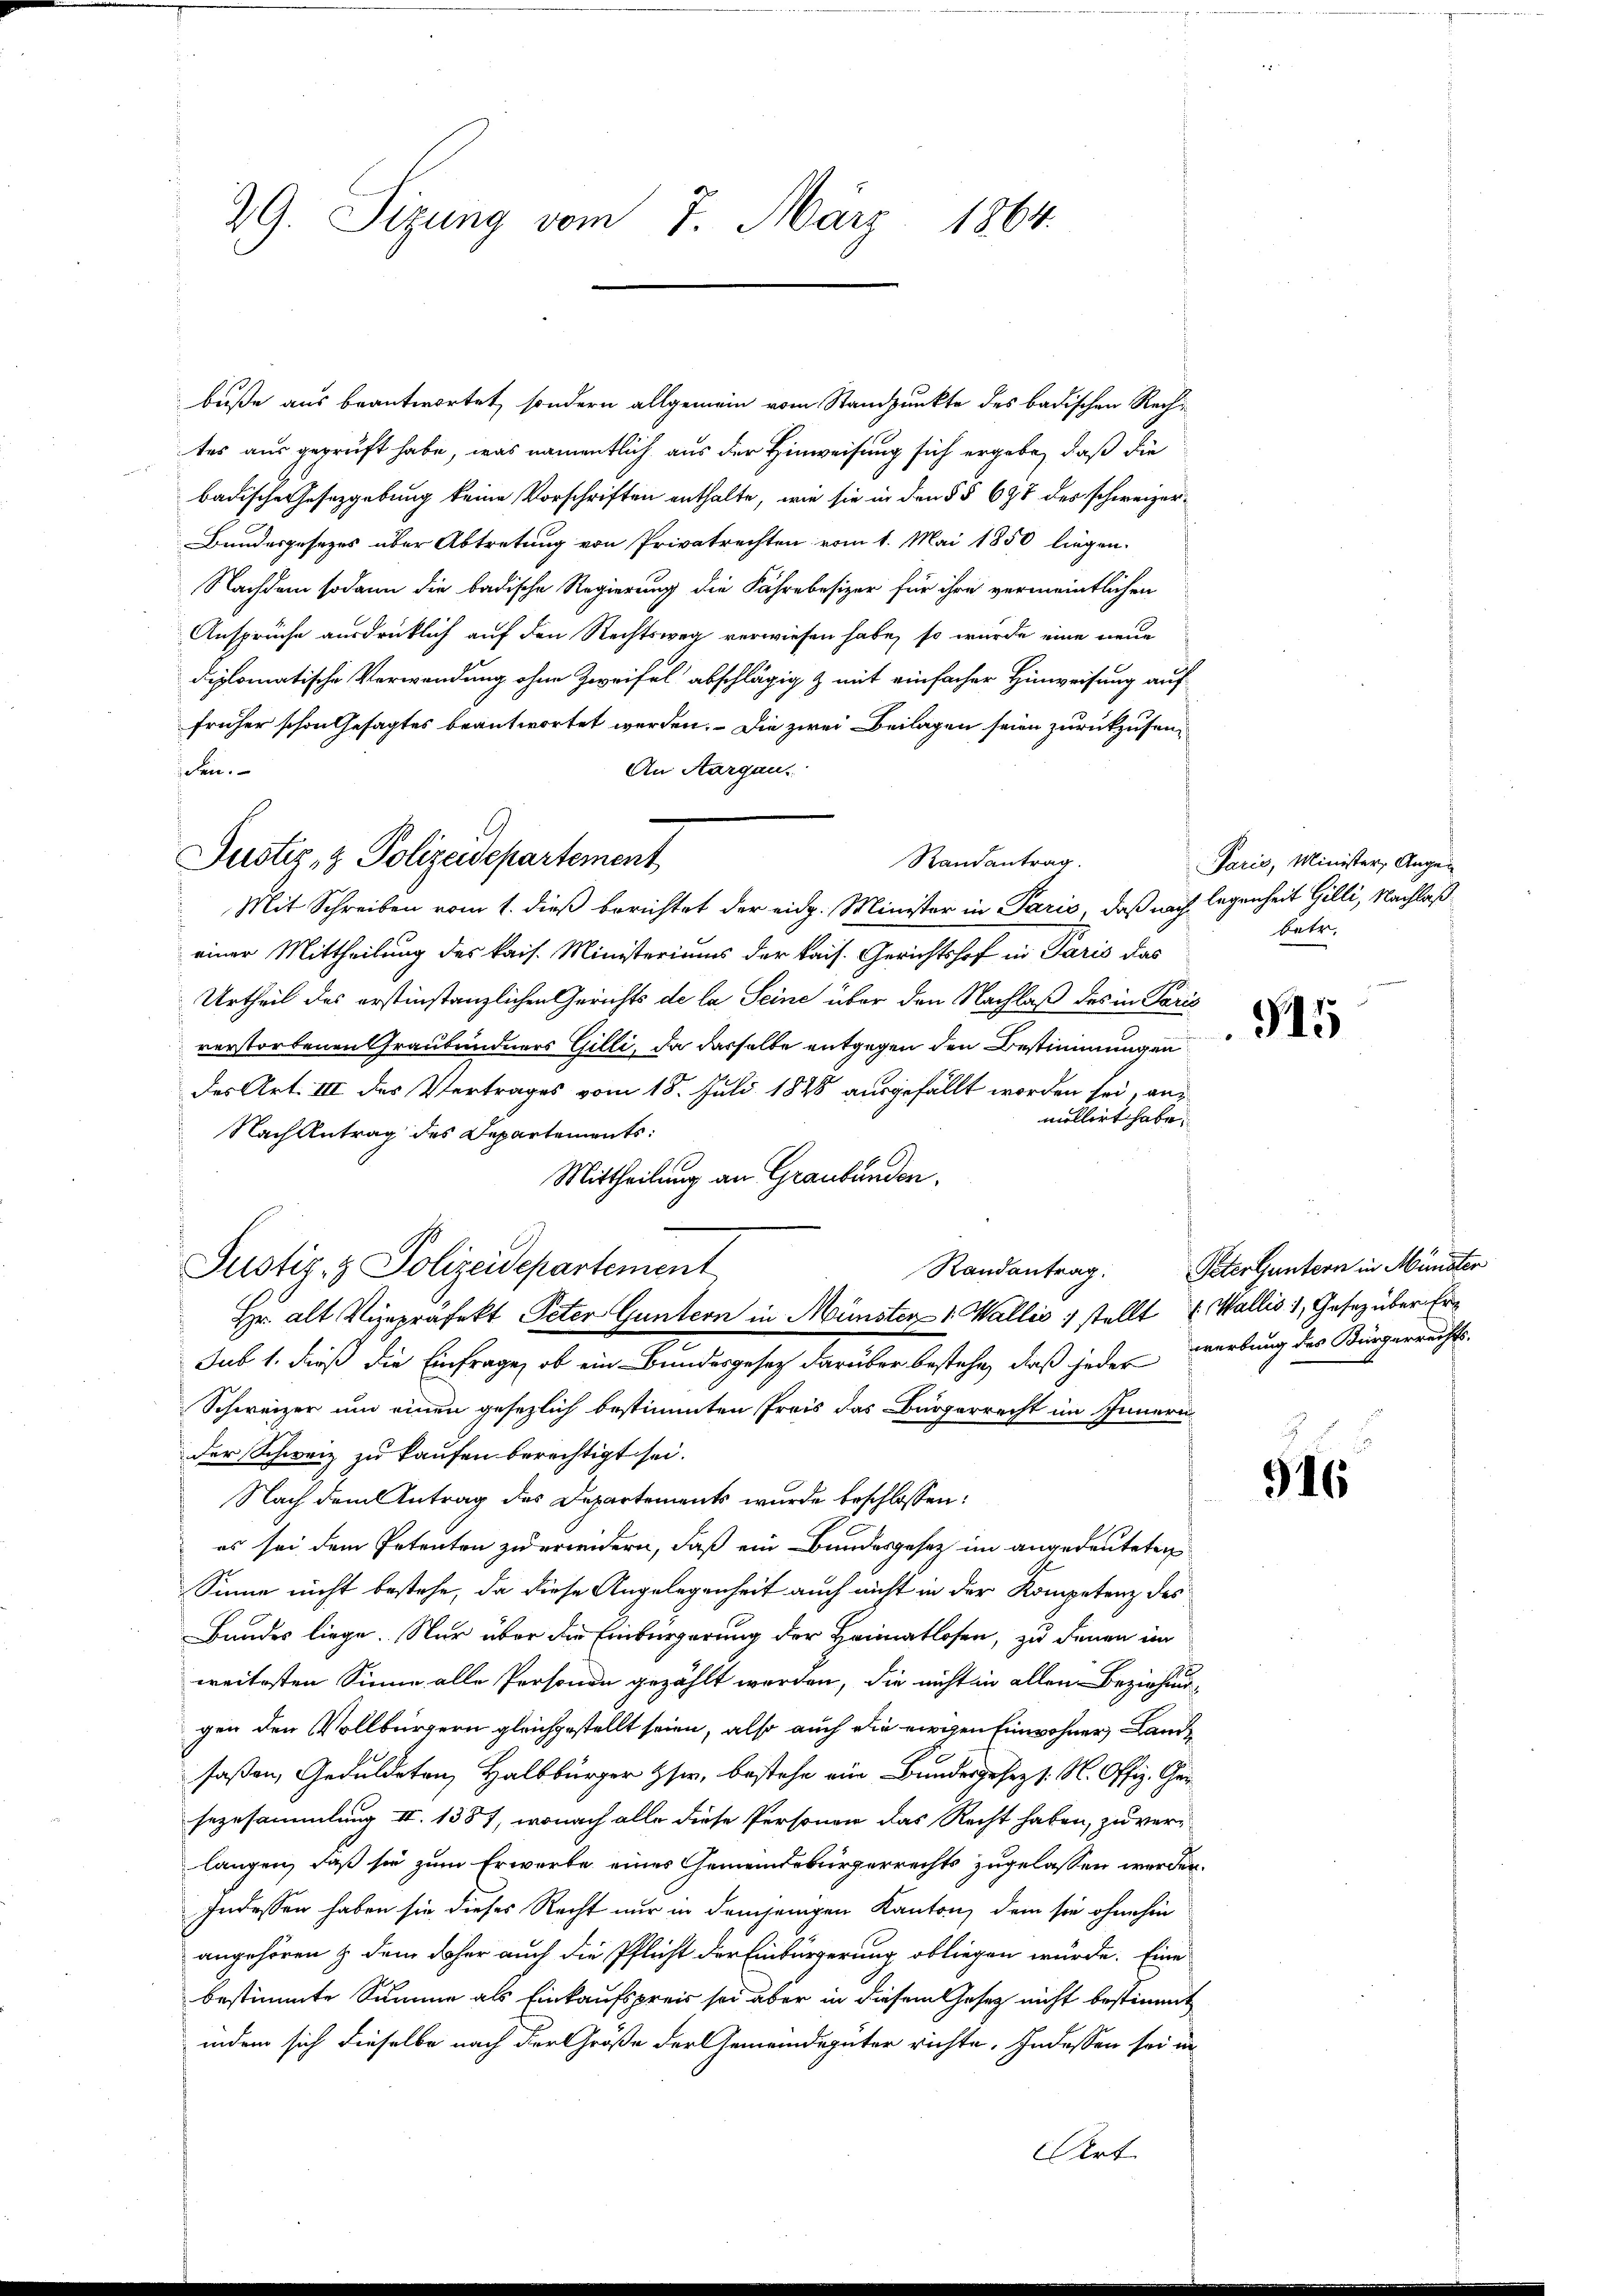
29. Sizung vom 7. März 1864.

buße aus beantwortet, sondern allgemein vom Standpunkte des badischen Rechtes aus geprüft habe, was namentlich aus der Hinweisung sich ergebe, daß die
badische Gesetzgebung keine Vorschriften enthalte, wie sie in den §§ 698 des schweizer¬
Bundesgesezes über Abtretung von Privatrechten vom 1. Mai 1850 liegen.
Nachdem sodann die badische Regierung die Fährebesizer für ihre vermeintlichen
Ansprüche ausdrücklich auf den Rechtsweg verwiesen habe, so wurde eine neue
diplomatische Verwendung ohne Zweifel abschlägig & mit einfacher Hinweisung auf
früher schon Gesagtes beantwortet werden. Die zwei Beilagen seien zurückzuseniehen.
An Aargau.
Mit Schreiben vom 1. dieß berichtet der eidg. Minister in Paris, daß nach legenheit Gilli, Nachlaß
einer Mittheilung des kais. Ministeriums der kais. Gerichtshof in Paris das
Urtheil des erstinstanzlichen Gerichts de la Seine über den Nachlaß des in Paris
verstorbenen Graubündners Gilli, da dasselbe entgegen den Bestimmungen
des Art. III des Vertrages vom 18. Juli 1828 ausgefällt worden sei, anmollirt habe.
Nach Antrag des Departements:
Mittheilung an Graubünden.
Hr. alt Vizepräfekt Peter Guntern in Münster 1. Wallis 1 stellt & Wallis 1, Gesez über Ersub 1. dieß die Einfrage, ob ein Bundesgesetz darüber bestehe, daß jederwerbung des Bürgerrechts-
Schweizer um einen gesezlich bestimmten Preis das Bürgerrecht im Innern
der Schweiz zu kaufen berechtigt sei.
Nach dem Antrag des Departements wurde beschlossen:
es sei dem Petenten zu erweidern, daß ein Bundesgesetz im angedeuteten
Sinne nicht bestehe, da diese Angelegenheit auch nicht in der Kompetenz des
Bundes liege. Nur über die Einbürgerung der Heimatlosen, zu denen im
weitesten Sinne alle Personen gezählt werden, die nicht in allem Beziehung
gen den Vollbürgern gleichgestellt seien, also auch die ewigen Einwohner, Landfaßen, Geduldeten Halbbürger Her, bestehe ein Bundesgesezt. N. Offiz. Ger
sezusammlung II 1387, wonach alle diese Personen das Recht haben, zu verlangen, daß sie zum Erwerbe eines Gemeindebürgerrechts zugelassen werden.
Indessen haben sie dieses Recht nur in demjenigen Kanton, dem sie ohnehin
angehören & dem daher auch die Pflicht der Einbürgerung obliegen würde. Eine
bestimmte Summe als Einkaufspreis sei aber in diesem Gesetz nicht bestimmt
indem sich dieselbe nach der Größe der Gemeindegüter richte, Indessen sei in
Art

Justiz- & Polizeidepartement

Justiz- & Polizeidepartement

Randantrag.

Randantrag. Peter untern in Münster

Paris, Minister, Augen
betr.

315

916